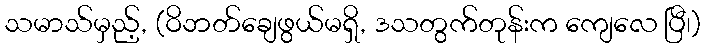
သမာသ်မှည့်, (ဝိဘတ်ချေဖွယ်မရှိ, ဒသတွက်တုန်းက ကျေလေ ပြီ၊)